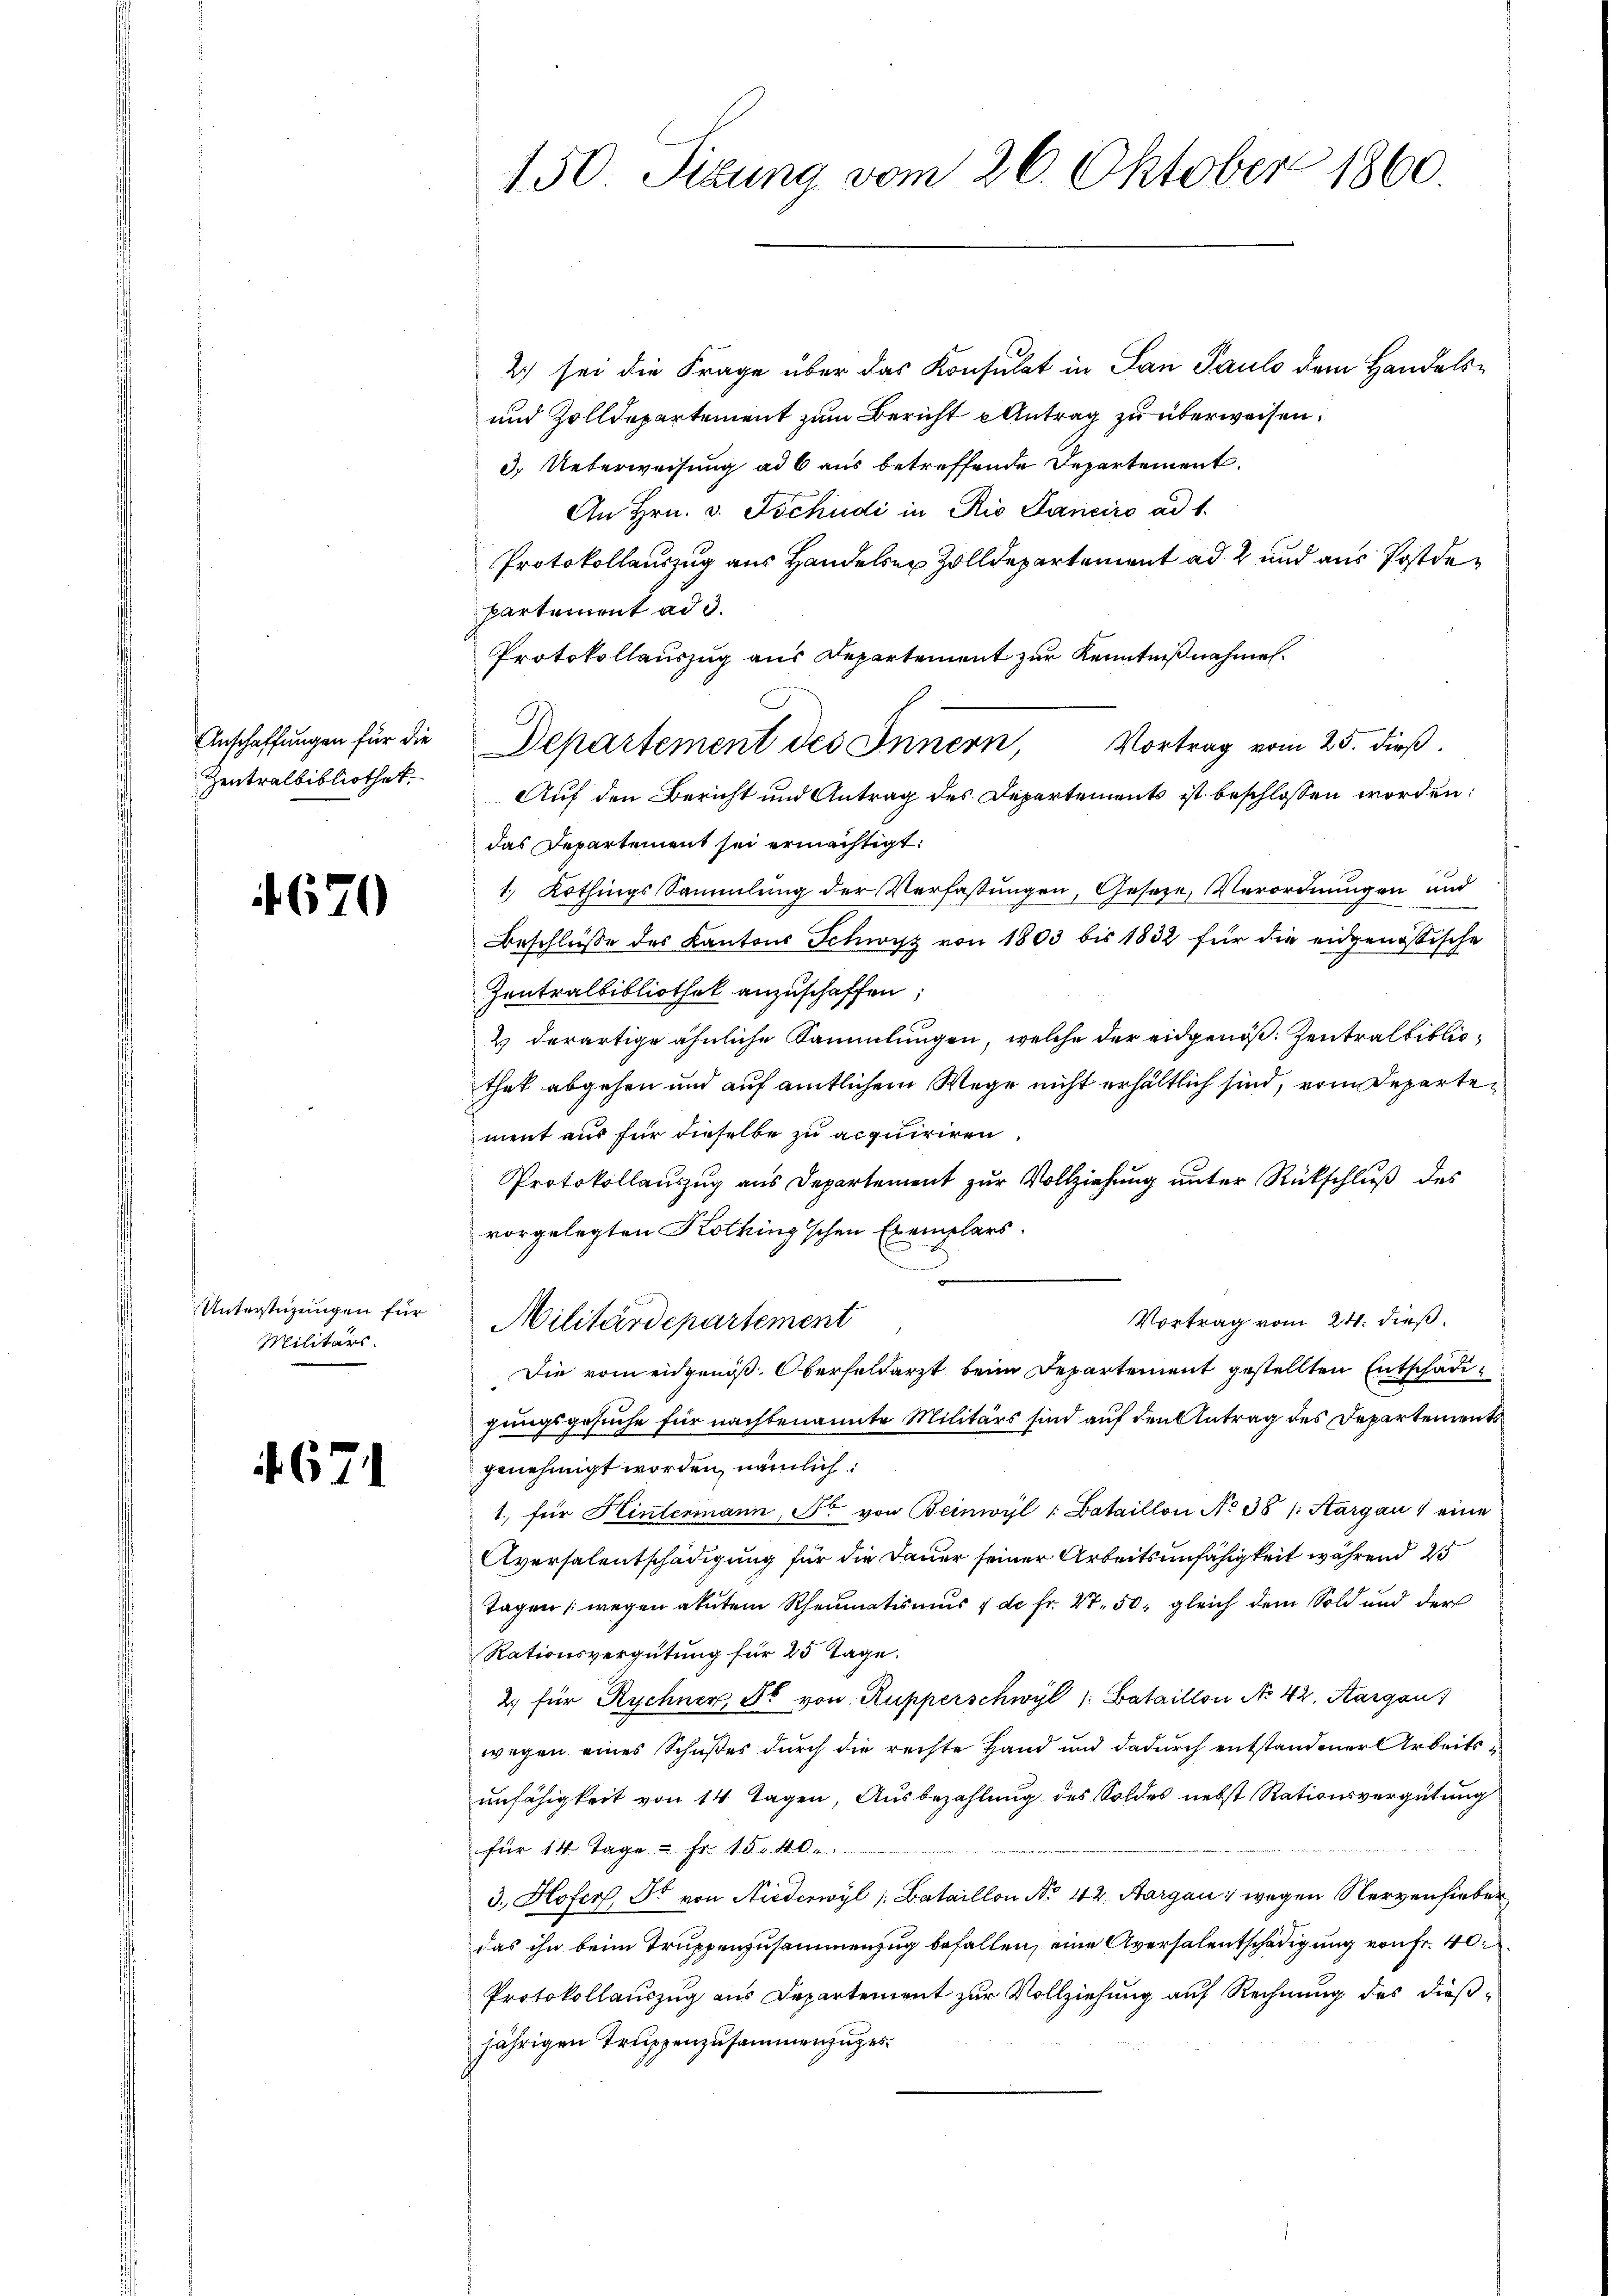
Zentralbibliothek.

670

Unterstüzungen für
Militärs.

4.671

2) sei die Frage über das Konsulat in San Pauls dem Handels¬
und Zolldepartement zum Bericht u Antrag zu überweisen.
3.) Ueberweisung ad 6 aus betreffende Departement.
An Hrn. v. Tschudi in Rio Sanciro ad 1.
Protokollauszug aus Handelser Zolldepartement ad 2 und aus Postdepartement ad 3.
Protokollauszug aus Departement zur Kenntnißnahmen.
Vortrag vom 25. dieß.
Auf den Bericht und Antrag des Departements ist beschlossen worden:
das Departement sei ermächtigt:
1. Kothings Sammlung der Verfassungen, Geseze, Verordnungen und
Beschlüße des Kantons Schwyz von 1803 bis 1832 für die eidgenössische
Zentralbibliothek anzuschaffen;
2 derartige ähnliche Sammlungen, welche der eidgenöß. Zentralbibliothek abgehen und auf amtlichem Wege nicht erhältlich sind, vom Departement aus für dieselbe zu acquiriren
Protokollauszug aus Departement zur Vollziehung unter Rückschluß des
vorgelegten Kothing'schen Exemplars.
Vortrag vom 24. dieß
Militärdepartement
Die vom eidgenöß. Oberfeldarzt beim Departement gestellten Entschädigungsgesuche für nachbenannte Militärs sind auf den Antrag des Departements
genehmigt worden, nämlich:
1. für Hintermann, F. von Beinwyl : Bataillon No 38 (Aargau 1 eine
Aversalentschädigung für die Dauer seiner Arbeitsunfähigkeit während 25
Tagen (wegen akutem Rheumatismus 7 de fr. 47. 50, gleich dem Sold und der
Rationsvergütung für 25 Tage.
2. für Rychner, So von Rupperschwyl /: Bataillon No 42, Aargau)
wegen eines Schußes durch die rechte Hand und dadurch entstandener Arbeitsunfähigkeit von 14 Tagen, Ausbezahlung des Soldes nebst Rationsvergütung
für 14 Tage u. Fr. 15. v. 4. O
3. Hofers, Dr. von Niederwyl ( Bataillon No 44, Aargau, wegen Nervenfieber
das ihn beim Truppenzusammenzug befallen, eine Aversalentschädigung von Fr. 40
Protokollauszug aus Departement zur Vollziehung auf Rechnung des dießjährigen Truppenzusammenzuges

150 Sizung vom 26. Oktober 1860

Anschaffungen für die Departement des Innern